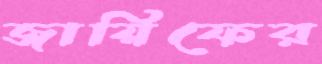
জায়িফের